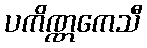
ပကိဏ္ဏကေသီ